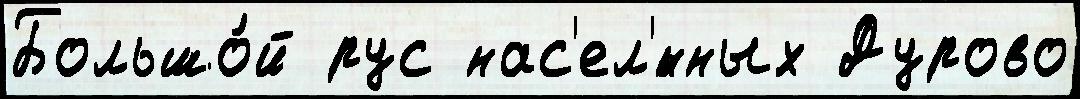
Большо́й рус нас'ел'́нных Дурово